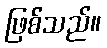
ဖြစ်သည်။